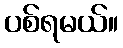
ပစ်ရမယ်။